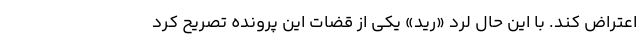
اعتراض کند. با این حال لرد «رید» یکی از قضات این پرونده تصریح کرد